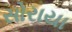
સોરાયા